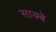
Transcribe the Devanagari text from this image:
साक्बे